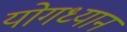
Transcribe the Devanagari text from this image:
योगध्‍यान